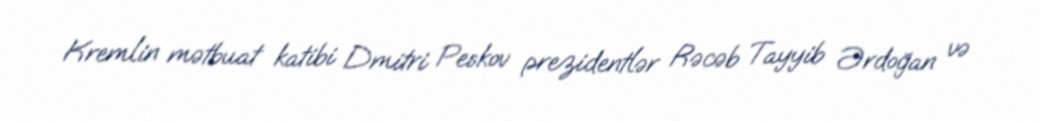
Kremlin mətbuat katibi Dmitri Peskov prezidentlər Rəcəb Tayyib Ərdoğan və